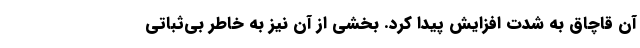
آن قاچاق به شدت افزایش پیدا کرد. بخشی از آن نیز به خاطر بی‌ثباتی